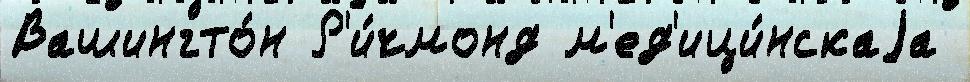
Вашингто́н Р'и́чмонд м'ед'ици́нскаjа